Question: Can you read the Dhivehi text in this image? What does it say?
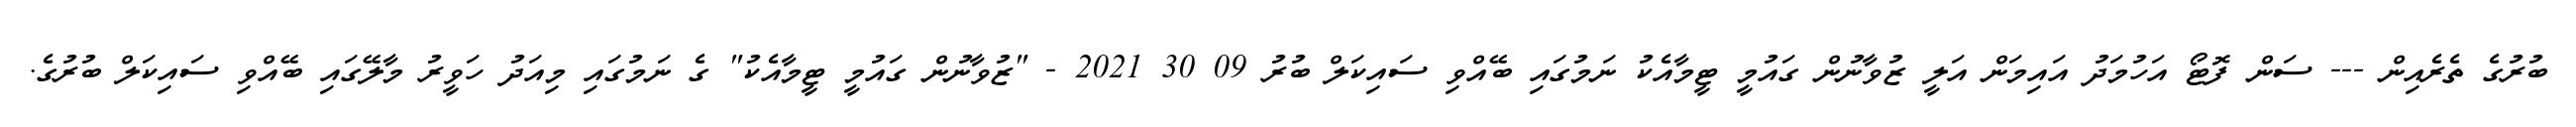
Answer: ބުރުގެ ތެރެއިން --- ސަން ފޮޓޯ އަހުމަދު އައިމަން އަލީ ޒުވާނުން ގައުމީ ޓީމާއެކު ނަމުގައި ބޭއްވި ސައިކަލް ބުރު 09 30 2021 - "ޒުވާނުން ގައުމީ ޓީމާއެކު" ގެ ނަމުގައި މިއަދު ހަވީރު މާލޭގައި ބޭއްވި ސައިކަލް ބުރުގެ.